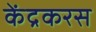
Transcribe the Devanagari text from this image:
केंद्रकरस